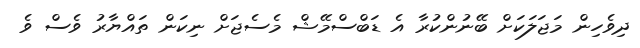
ދިވެހިން މަޖަލަކަށް ބޭނުންކުރާ އެ ޑަބްސްމޭޝް މެސެޖަށް ނިކަން ތައްޔާރު ވެސް ވެ